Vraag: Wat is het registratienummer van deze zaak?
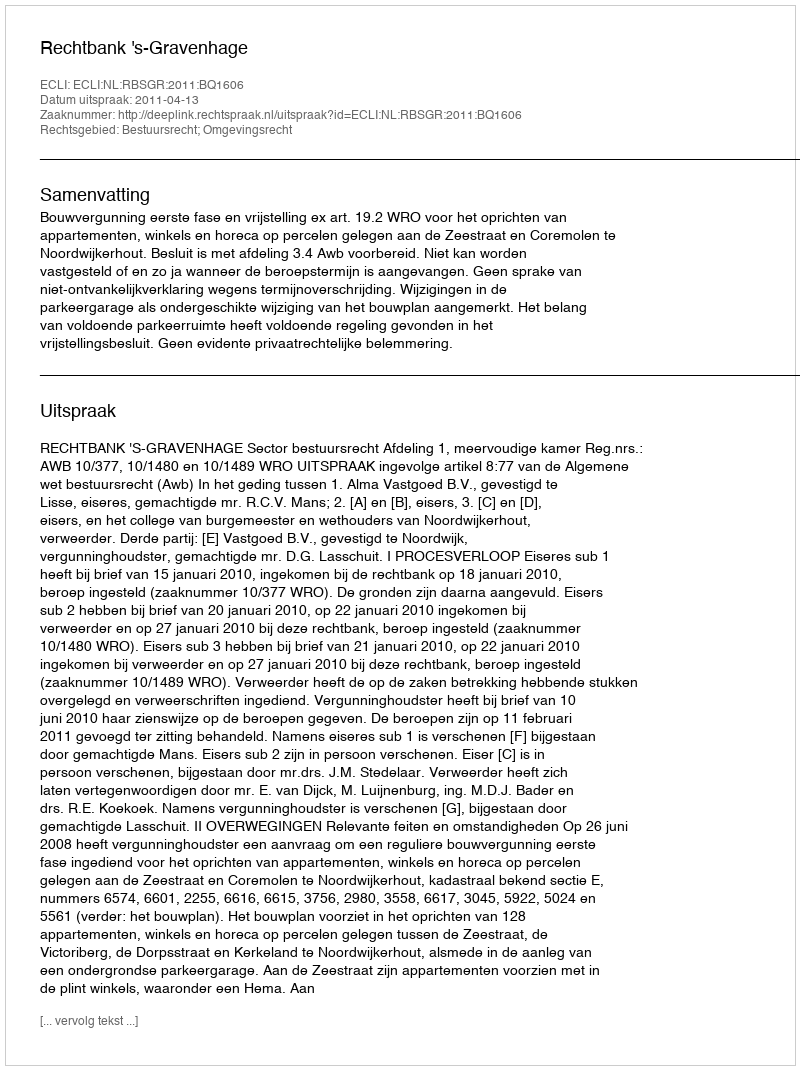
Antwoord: http://deeplink.rechtspraak.nl/uitspraak?id=ECLI:NL:RBSGR:2011:BQ1606